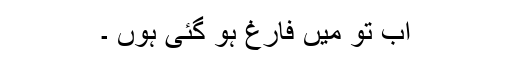
اب تو میں فارغ ہو گئی ہوں ۔